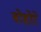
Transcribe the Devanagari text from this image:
बोहोरे